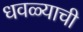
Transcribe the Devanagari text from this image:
धवळ्याची